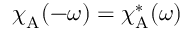
{ \boldsymbol { \chi } } _ { \mathrm { A } } ( - \omega ) = { \boldsymbol { \chi } } _ { \mathrm { A } } ^ { * } ( \omega )